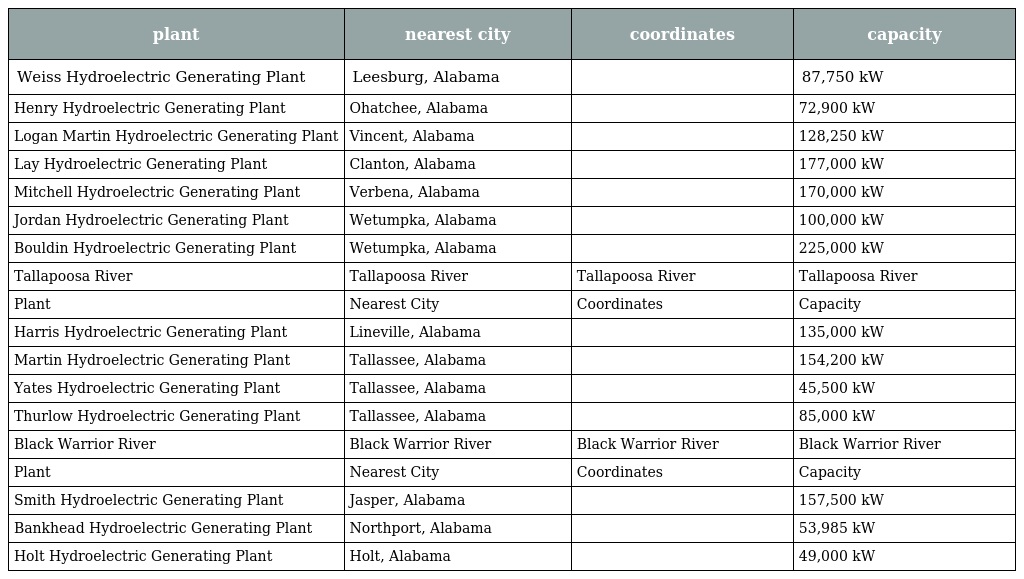
| plant | nearest city | coordinates | capacity |
 | --- | --- | --- | --- |
 | Weiss Hydroelectric Generating Plant | Leesburg, Alabama |  | 87,750 kW |
 | Henry Hydroelectric Generating Plant | Ohatchee, Alabama |  | 72,900 kW |
 | Logan Martin Hydroelectric Generating Plant | Vincent, Alabama |  | 128,250 kW |
 | Lay Hydroelectric Generating Plant | Clanton, Alabama |  | 177,000 kW |
 | Mitchell Hydroelectric Generating Plant | Verbena, Alabama |  | 170,000 kW |
 | Jordan Hydroelectric Generating Plant | Wetumpka, Alabama |  | 100,000 kW |
 | Bouldin Hydroelectric Generating Plant | Wetumpka, Alabama |  | 225,000 kW |
 | Tallapoosa River | Tallapoosa River | Tallapoosa River | Tallapoosa River |
 | Plant | Nearest City | Coordinates | Capacity |
 | Harris Hydroelectric Generating Plant | Lineville, Alabama |  | 135,000 kW |
 | Martin Hydroelectric Generating Plant | Tallassee, Alabama |  | 154,200 kW |
 | Yates Hydroelectric Generating Plant | Tallassee, Alabama |  | 45,500 kW |
 | Thurlow Hydroelectric Generating Plant | Tallassee, Alabama |  | 85,000 kW |
 | Black Warrior River | Black Warrior River | Black Warrior River | Black Warrior River |
 | Plant | Nearest City | Coordinates | Capacity |
 | Smith Hydroelectric Generating Plant | Jasper, Alabama |  | 157,500 kW |
 | Bankhead Hydroelectric Generating Plant | Northport, Alabama |  | 53,985 kW |
 | Holt Hydroelectric Generating Plant | Holt, Alabama |  | 49,000 kW |